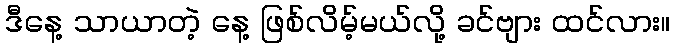
ဒီနေ့ သာယာတဲ့ နေ့ ဖြစ်လိမ့်မယ်လို့ ခင်ဗျား ထင်လား။